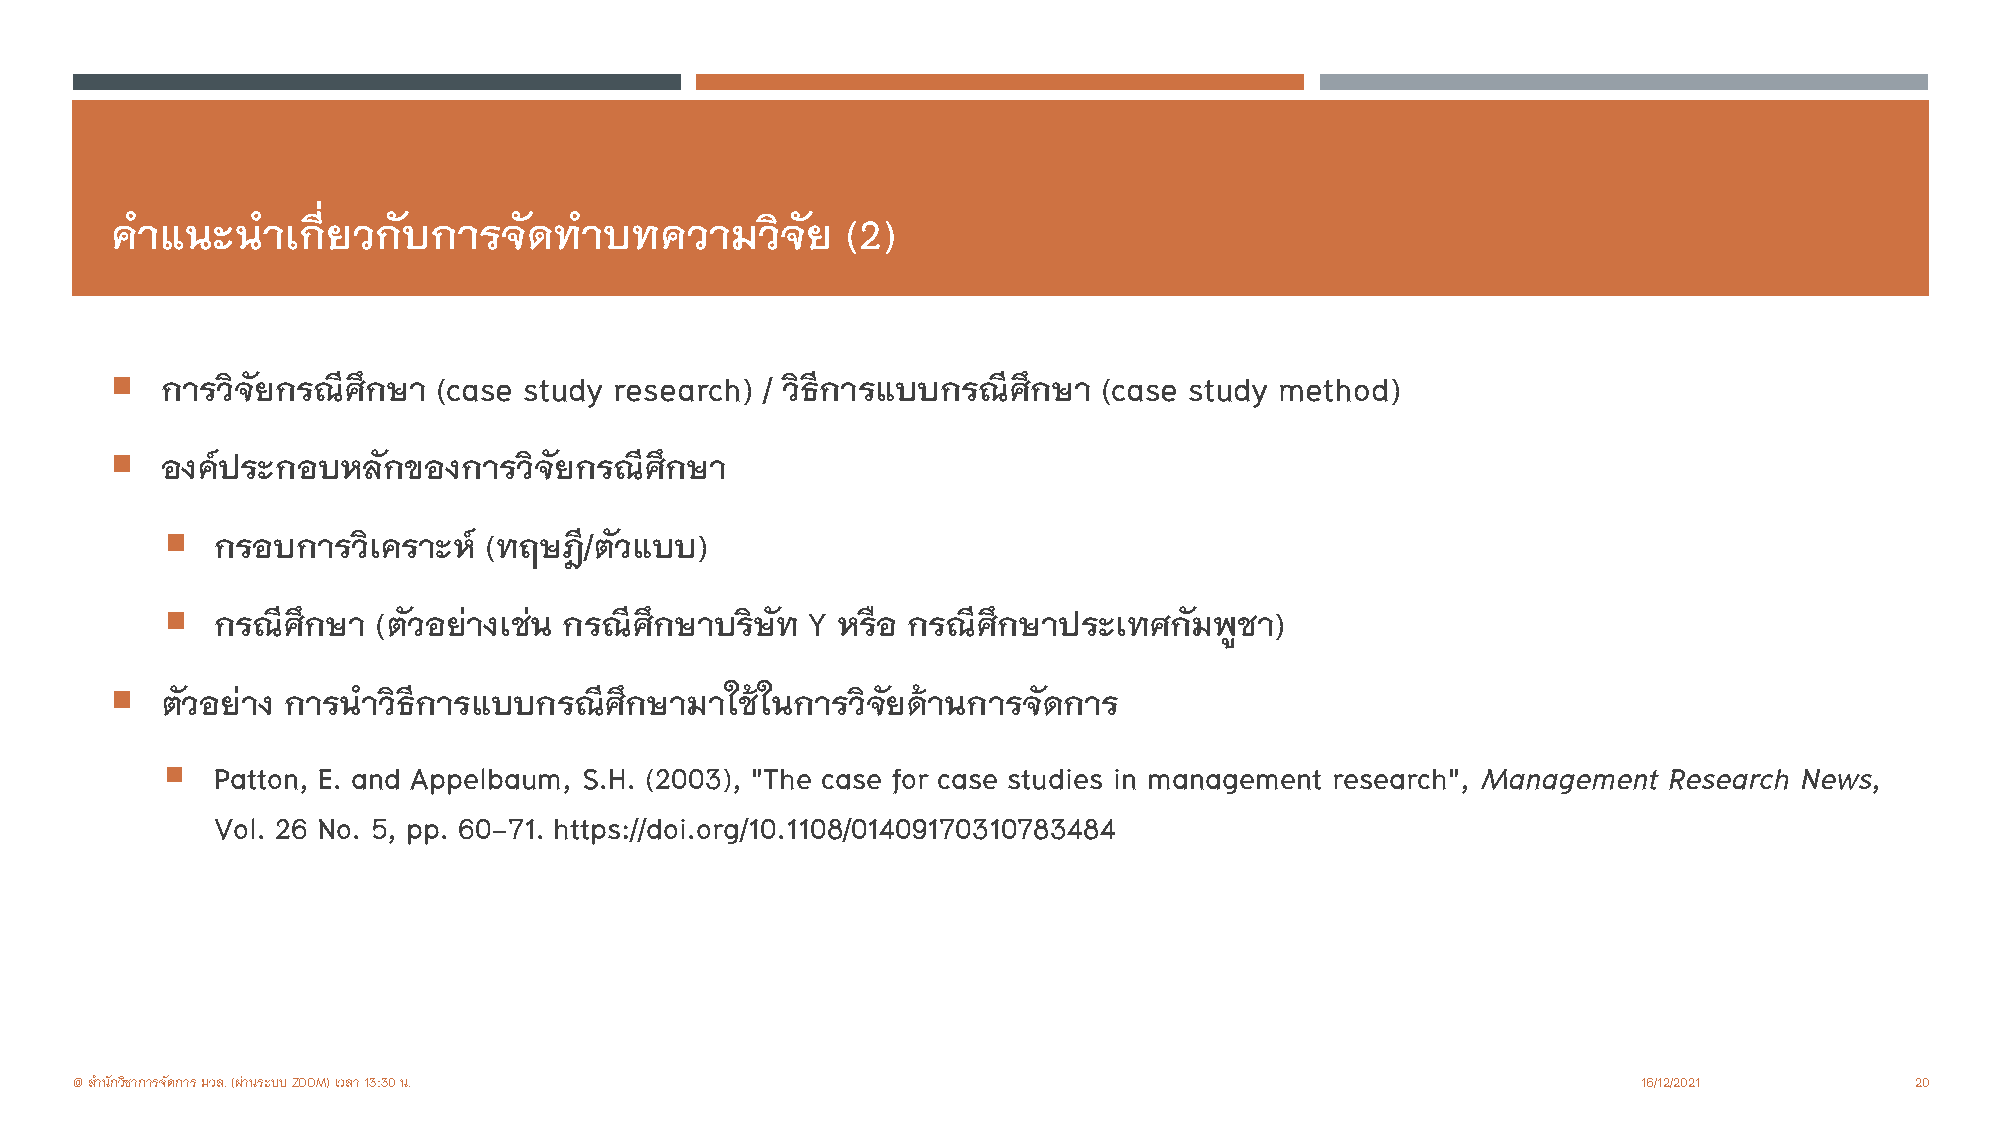
คําแนะนําเกี่ยวกับการจดั      ทาํ บทความวิจัย    (2)
 
 การวิจัยกรณีศึกษา (case study research) / วิธีการแบบกรณีศึกษา (case study method)
 
 องคประกอบหลักของการวิจัยกรณีศึกษา
 
 กรอบการวิเคราะห  (ทฤษฎี/ตวั แบบ)
 
 กรณีศึกษา  (ตัวอยา งเชน กรณีศึกษาบริษทั Y หรือ กรณีศึกษาประเทศกัมพูชา)
 
 ตัวอยา ง การนําวธิ ีการแบบกรณีศึกษามาใชในการวิจัยดานการจัดการ
 
 Patton, E. and Appelbaum, S.H. (2003), "The case for case studies in management research", Management Research News,
 Vol. 26 No. 5, pp. 60-71. https://doi.org/10.1108/01409170310783484
 @ สํานักวิชาการจัดการ มวล. (ผานระบบ ZOOM) เวลา 13:30 น.                                                16/12/2021        20